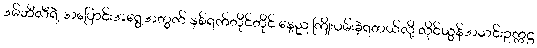
ဒမ်ဘီလီရဲ့ အပြောင်းအရွှေ့အတွက် နှစ်ရက်တိုင်တိုင် နေ့ည ကြိုးပမ်းခဲ့ရတယ်လို့ လိုင်ယွန်အသင်းဥက္ကဋ္ဌ